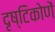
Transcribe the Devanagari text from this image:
दृष्टिकोणें